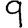
Digit: 9